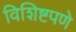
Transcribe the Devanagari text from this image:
विशिष्टपणे